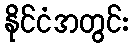
နိုင်ငံအတွင်း